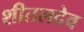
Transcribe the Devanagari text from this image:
शीतलदेव